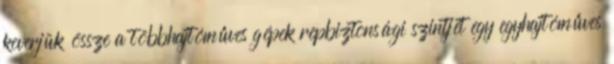
keverjük össze a többhajtóműves gépek repbiztonsági szintjét egy egyhajtóműves